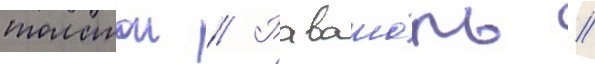
толстои // Равашоль //